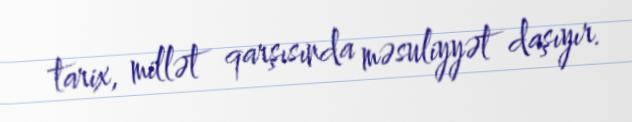
tarix, millət qarşısında məsuliyyət daşıyır.